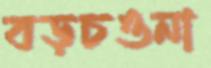
বড়চওনা